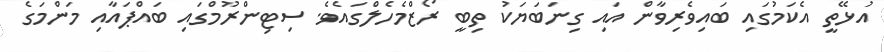
އުޅޭތީ އެކަމުގައި ބައިވެރިވާން އައި ގިނަބަޔަކު ތިބީ ރޯޒްމެހެލްގައެވެ. ސިޓިންރޫމްގައި ބައްޕައާއި މަންމަގެ